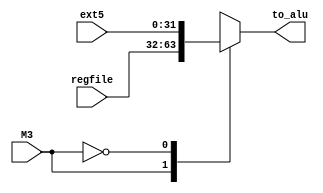
`timescale 1ns / 1ps
//////////////////////////////////////////////////////////////////////////////////
// Company: 
// Engineer: 
// 
// Design Name: 
// Module Name: MUX3
// Project Name: 
// Target Devices: 
// Tool Versions: 
// Description: 
// 
// Dependencies: 
// 
// Revision:
// Revision 0.01 - File Created
// Additional Comments:
// 
//////////////////////////////////////////////////////////////////////////////////


module MUX3(
    input [31 : 0] ext5,//0
    input [31 : 0] regfile,//1
    input M3,
    output reg [31 : 0] to_alu
    );
    always @(*)
    begin
    case(M3)
        1'b1: to_alu = regfile;
        1'b0: to_alu = ext5;
        default:
        to_alu = 32'bz;//regfile
   endcase
   end
endmodule